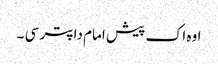
اوہ اک پیش امام دا پتر سی ۔